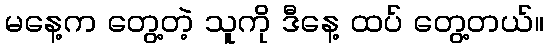
မနေ့က တွေ့တဲ့ သူကို ဒီနေ့ ထပ် တွေ့တယ်။